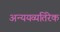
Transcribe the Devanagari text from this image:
अन्ययव्यतिरेक